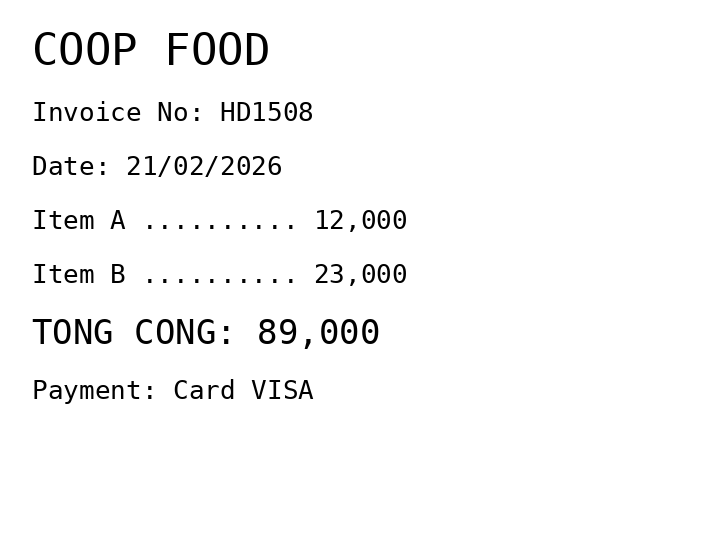
COOP FOOD
Invoice No: HD1508
Date: 21/02/2026
Item A .......... 12,000
Item B .......... 23,000
TONG CONG: 89,000
Payment: Card VISA
Merchant: coop food
Date: 2026-02-21
Total: 89000
Invoice No: HD1508
Payment method: CARD